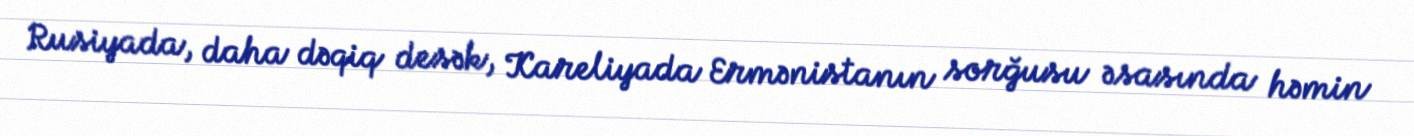
Rusiyada, daha dəqiq desək, Kareliyada Ermənistanın sorğusu əsasında həmin